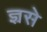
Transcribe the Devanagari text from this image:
ज्ञ्रसे